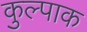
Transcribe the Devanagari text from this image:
कुल्पाक